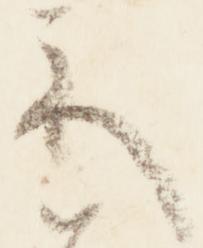
示